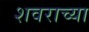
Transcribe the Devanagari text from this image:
शवराच्या